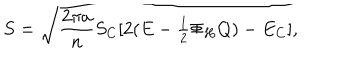
S = \sqrt { { \frac { 2 \pi a } { n } } S _ { C } [ 2 ( E - \textstyle { \frac { 1 } { 2 } } \Phi _ { H } Q ) - E _ { C } ] } ,